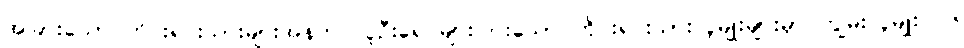
အခြားသော တိုင်းရင်းသားများအနက် လူဦးရေ များပြားသော တိုင်းရင်းသားလူမျိုးများမှာ ကျွမ်းလူမျိုး ၁၆